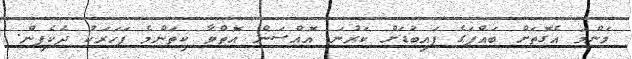
މަންމަ އެގޮތަށް ބައްޕަގެ ފައިބުޑަށް ކަރުނަ އޮއްސަން އޮތްވާ ކިތަންމެ ފަހަރަކު ދެކެފިން.